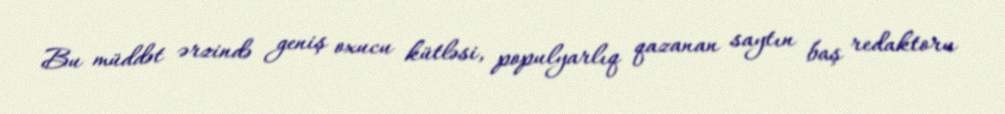
Bu müddət ərzində geniş oxucu kütləsi, populyarlıq qazanan saytın baş redaktoru